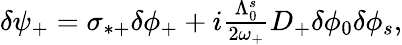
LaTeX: \begin{array}{r}{\delta\psi_{+}=\sigma_{*+}\delta\phi_{+}+i\frac{\Lambda_{0}^{s}}{2\omega_{+}}D_{+}\delta\phi_{0}\delta\phi_{s},}\end{array}